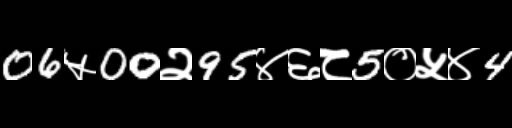
Text: 06५00२95४६८5०५४4